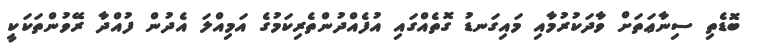
ބޮޑެތި ސިނާޢަތަށް ވާދަކުރުމާއި މައިގަނޑު ގޮތެއްގައި އުފެއްދުންތެރިކަމުގެ އަމިއްލަ އެދުން ފުއްދާ ރޭވުންތަކަކީ